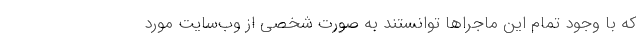
که با وجود تمام این ماجراها توانستند به صورت شخصی از وب‌سایت مورد